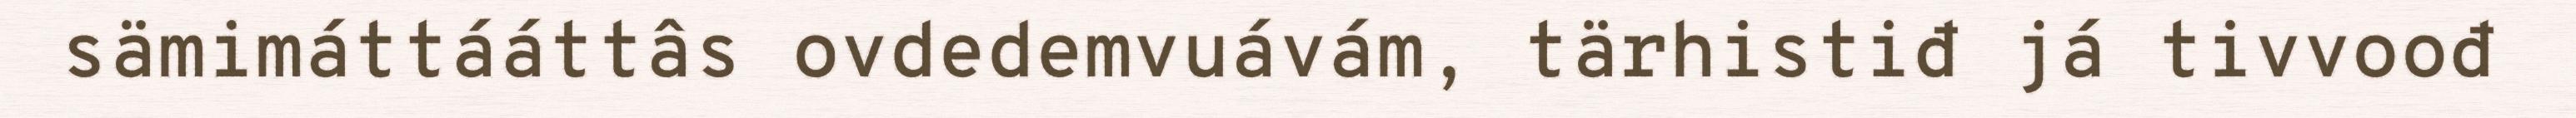
sämimáttááttâs ovdedemvuávám, tärhistiđ já tivvoođ